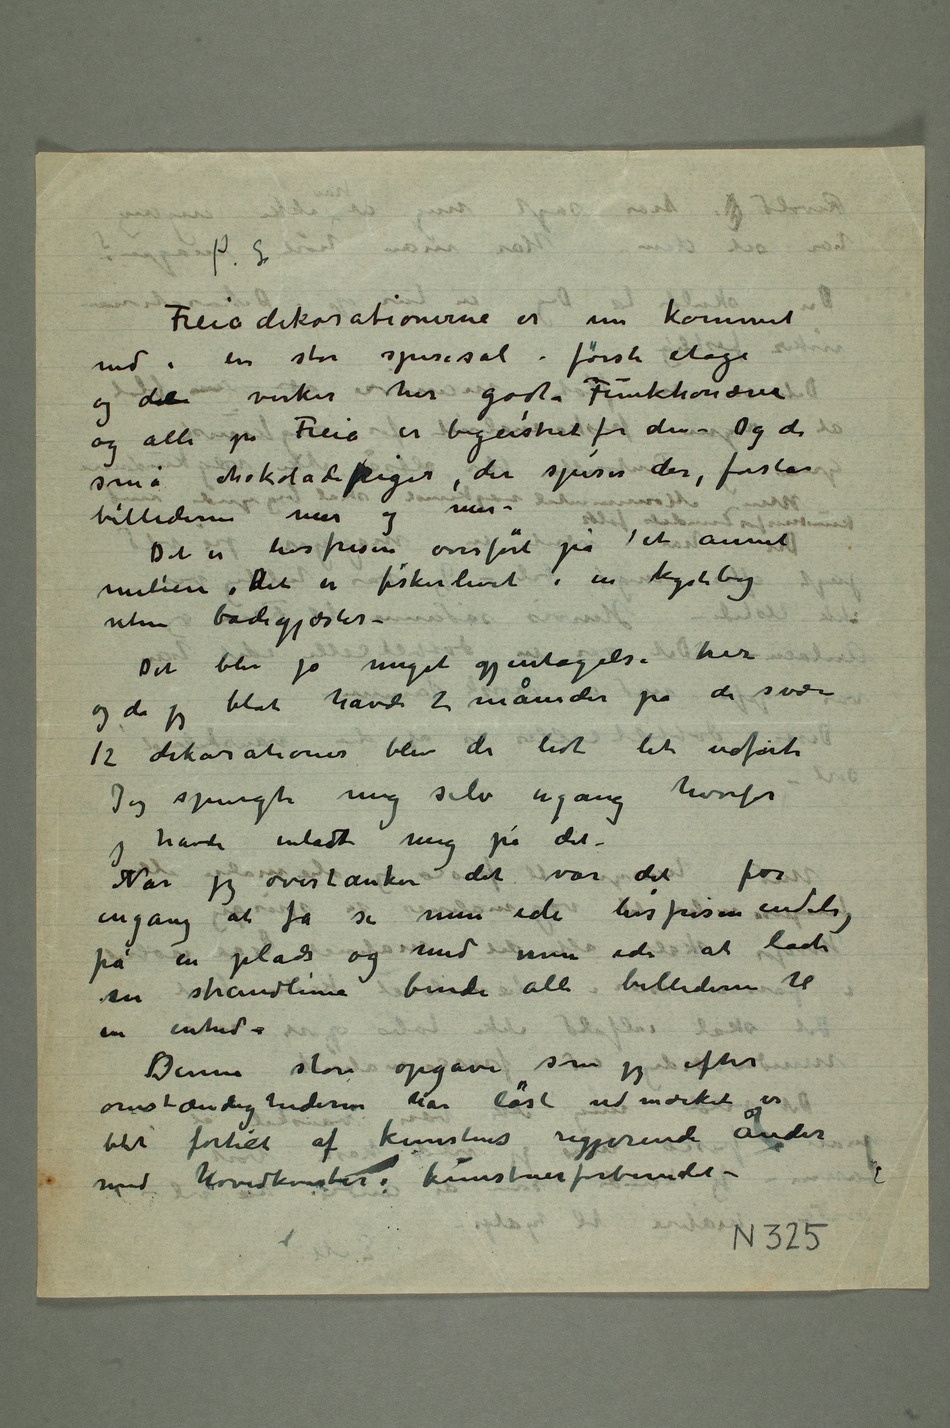
Freiadekorationerne er nu kommet
ind i en stor spisesal i første etage
og det virker her godt. Funktionærer
og alle på Freia er begeistret for dem – Og de
små chokoladepiger, der spiser der, forstår
Det er livsfrisen overført på et annet
uten badegjæster –
Det blev jo meget gjentagelse her
og da jeg blot havde 2 måneder på de svære
12 dekorationer blev de lidt let udførte
Jeg spurgte mig selv engang hvorfor
jeg havde inladt mig på det –
Når jeg overtænker det var det for
engang at få se min ide livsfrisen endelig
på en plads og med min ide at lade
en strandlinie binde alle billederne til
en enhed –
Denne store opgave som jeg efter
blit fortiet af kunstens regjerende ånder